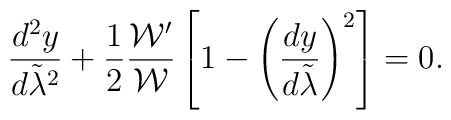
{{d^2y}\over{d\tilde{\lambda}^2}}+{1\over 2}{{{\cal W}^{\prime}}\over{\cal W}}\left[1-\left({{dy}\over{d\tilde{\lambda}}}\right)^2\right]=0.